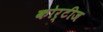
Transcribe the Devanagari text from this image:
कोर्टीज